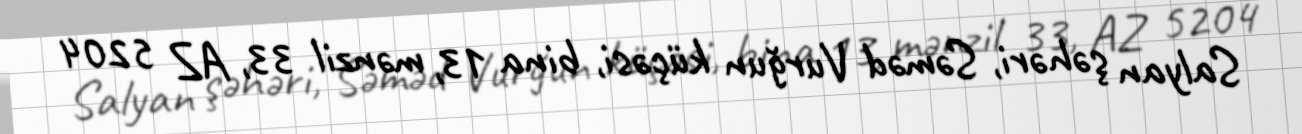
Salyan şəhəri, Səməd Vurğun küçəsi, bina 13, mənzil 33, AZ 5204